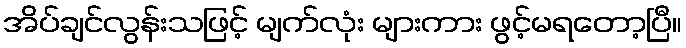
အိပ်ချင်လွန်းသဖြင့် မျက်လုံး များကား ဖွင့်မရတော့ပြီ။